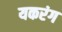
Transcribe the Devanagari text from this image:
यकरंग